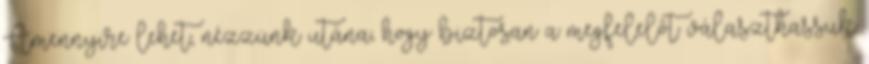
Amennyire lehet, nézzünk utána, hogy biztosan a megfelelőt választhassuk